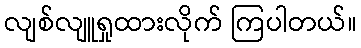
လျစ်လျူရှုထားလိုက် ကြပါတယ်။